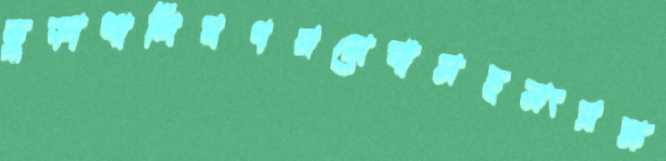
ভুড়াখালিনগরসেবাসহসংরক্ষ